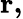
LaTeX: \mathbf{r,}